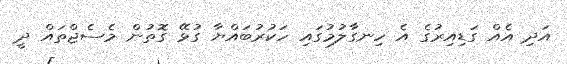
އަދި އެއް ގަޑިއިރުގެ އެ ހިނގާލުމުގައި ހަކުރުބައްޔާ ގުޅޭ ގޮތުން މެސެޖްތައް ދީ